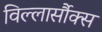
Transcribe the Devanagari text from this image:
विल्लार्सौक्स